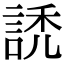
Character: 䛢